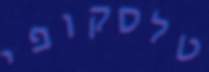
טלסקופי